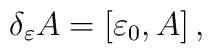
\delta_{\varepsilon} A = [\varepsilon_{0},A]\, ,